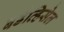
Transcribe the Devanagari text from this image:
बर्डव्हिसेल